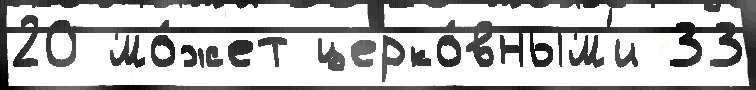
20 мо́жет церко́вным'и 33